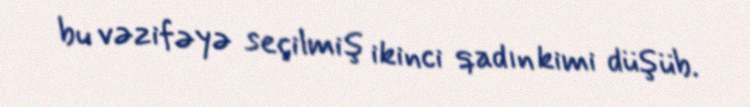
bu vəzifəyə seçilmiş ikinci qadın kimi düşüb.